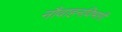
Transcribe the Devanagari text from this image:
नौवाहनविभागी